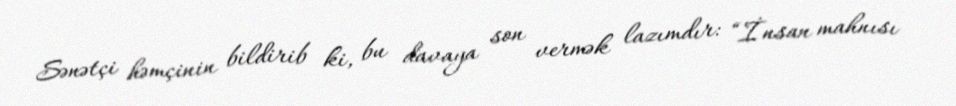
Sənətçi həmçinin bildirib ki, bu davaya son vermək lazımdır: “İnsan mahnısı